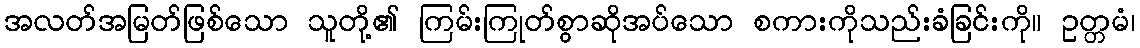
အလတ်အမြတ်ဖြစ်သော သူတို့၏ ကြမ်းကြုတ်စွာဆိုအပ်သော စကားကိုသည်းခံခြင်းကို။ ဥတ္တမံ၊